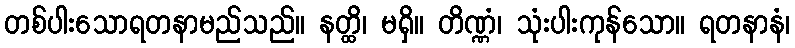
တစ်ပါးသောရတနာမည်သည်။ နတ္ထိ၊ မရှိ။ တိဏ္ဏံ၊ သုံးပါးကုန်သော။ ရတနာနံ၊